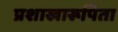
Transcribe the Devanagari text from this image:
प्रशाखारूपिता